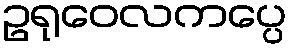
ဥရုဝေလကပ္ပေ